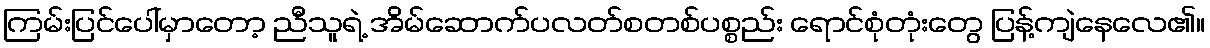
ကြမ်းပြင်ပေါ်မှာတော့ ညီသူရဲ့ အိမ်ဆောက်ပလတ်စတစ်ပစ္စည်း ရောင်စုံတုံးတွေ ပြန့်ကျဲနေလေ၏။